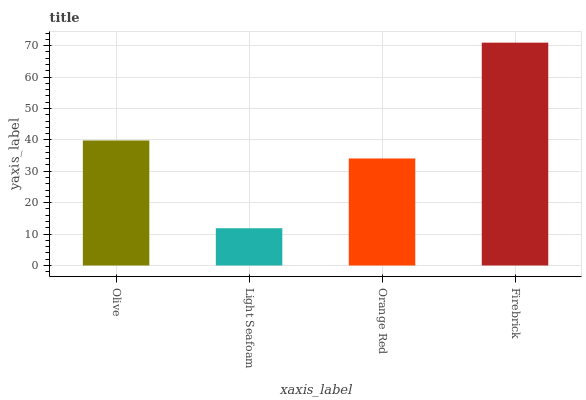
| xaxis_label | bars |
 | --- | --- |
 | Olive | 39.8 |
 | Light Seafoam | 11.9 |
 | Orange Red | 34.1 |
 | Firebrick | 71 |